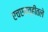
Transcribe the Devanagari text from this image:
एचएमव्हीतले